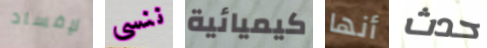
لإفساد ننسى كيميائية أنها حدث